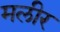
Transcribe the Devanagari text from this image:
मलीर